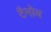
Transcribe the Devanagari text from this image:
टैनोय